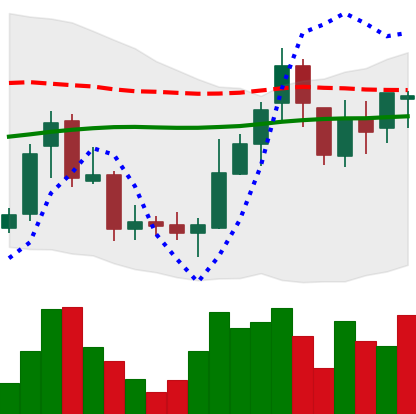
Ticker: BNB-USD
Chart end date: 2018-08-03
Forward return: -14.085%
Label: down_7plus